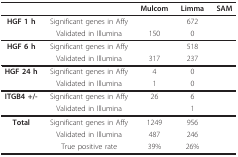
<table><thead><tr><td>[EMPTY_CELL]</td><td>[EMPTY_CELL]</td><td><b>Mulcom</b></td><td><b>Limma</b></td><td><b>SAM</b></td></tr></thead><tbody><tr><td><b>HGF 1 h</b></td><td>Significant genes in Affy</td><td>[EMPTY_CELL]</td><td>672</td><td>[EMPTY_CELL]</td></tr><tr><td>[EMPTY_CELL]</td><td>Validated in Illumina</td><td>150</td><td>0</td><td>[EMPTY_CELL]</td></tr><tr><td><b>HGF 6 h</b></td><td>Significant genes in Affy</td><td>[EMPTY_CELL]</td><td>518</td><td>[EMPTY_CELL]</td></tr><tr><td>[EMPTY_CELL]</td><td>Validated in Illumina</td><td>317</td><td>237</td><td>[EMPTY_CELL]</td></tr><tr><td><b>HGF 24 h</b></td><td>Significant genes in Affy</td><td>4</td><td>0</td><td>[EMPTY_CELL]</td></tr><tr><td>[EMPTY_CELL]</td><td>Validated in Illumina</td><td>1</td><td>0</td><td>[EMPTY_CELL]</td></tr><tr><td><b>ITGB4 +/-</b></td><td>Significant genes in Affy</td><td>26</td><td>6</td><td>[EMPTY_CELL]</td></tr><tr><td>[EMPTY_CELL]</td><td>Validated in Illumina</td><td>[EMPTY_CELL]</td><td>1</td><td>[EMPTY_CELL]</td></tr><tr><td><b>Total</b></td><td>Significant genes in Affy</td><td>1249</td><td>956</td><td>[EMPTY_CELL]</td></tr><tr><td>[EMPTY_CELL]</td><td>Validated in Illumina</td><td>487</td><td>246</td><td>[EMPTY_CELL]</td></tr><tr><td>[EMPTY_CELL]</td><td>True positive rate</td><td>39%</td><td>26%</td><td>[EMPTY_CELL]</td></tr></tbody></table>